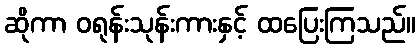
ဆိုကာ ဝရုန်းသုန်းကားနှင့် ထပြေးကြသည်။